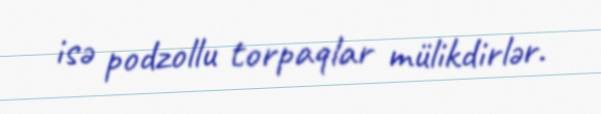
isə podzollu torpaqlar mülikdirlər.